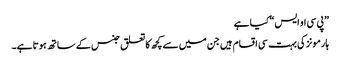
”پی سی او ایس“ کیا ہے
ہارمونز کی بہت سی اقسام ہیں جن میں سے کچھ کا تعلق جنس کے ساتھ ہوتا ہے۔